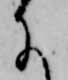
に